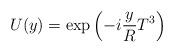
LaTeX: \begin{align*}U (y) = \exp \left( - i \frac{y}{R} T^3 \right) \end{align*}